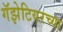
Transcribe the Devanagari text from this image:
गॅझेटियरच्या